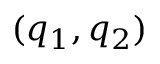
( q _ { 1 } , q _ { 2 } )